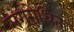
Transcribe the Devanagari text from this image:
संगरोधित